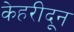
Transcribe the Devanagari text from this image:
केहरीदून